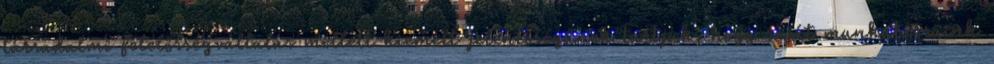
társadalmi felelősségvállalás mellett kiemelt jelentőségűnek tartjuk, hogy saját munkatársaink